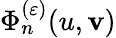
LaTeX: \Phi_{n}^{(\varepsilon)}(u,\mathbf{v})